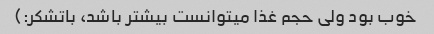
خوب بود ولی حجم غذا میتوانست بیشتر باشد، باتشکر:)